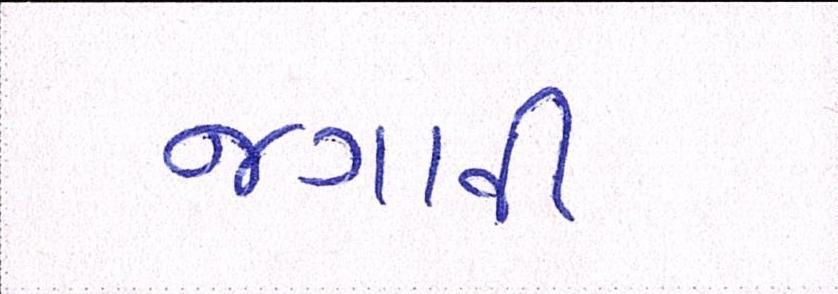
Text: જગાવી